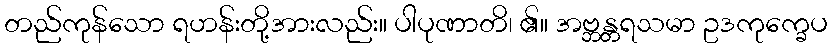
တည်ကုန်သော ရဟန်းတို့အားလည်း။ ပါပုဏာတိ၊ ၏။ အဗ္ဘန္တရသမာ ဥဒကုက္ခေပ